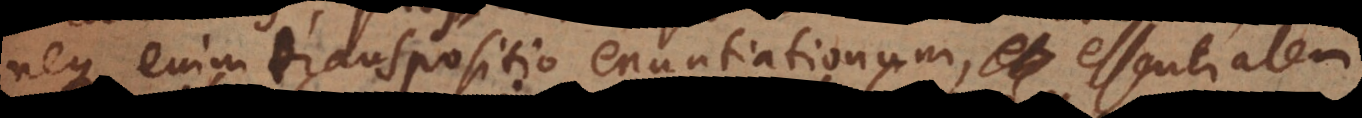
neque enim transpositio enuntiationum, essentialem